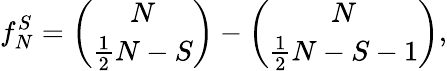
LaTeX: f_{N}^{S}=\binom{N}{\frac{1}{2}N-S}-\binom{N}{\frac{1}{2}N-S-1},